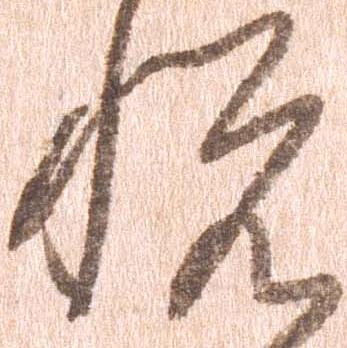
悦